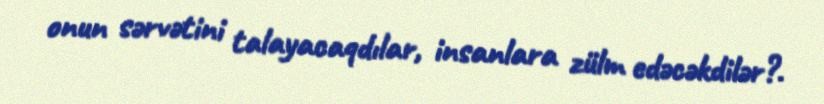
onun sərvətini talayacaqdılar, insanlara zülm edəcəkdilər?.